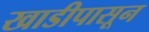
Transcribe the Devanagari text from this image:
खाडीपासून